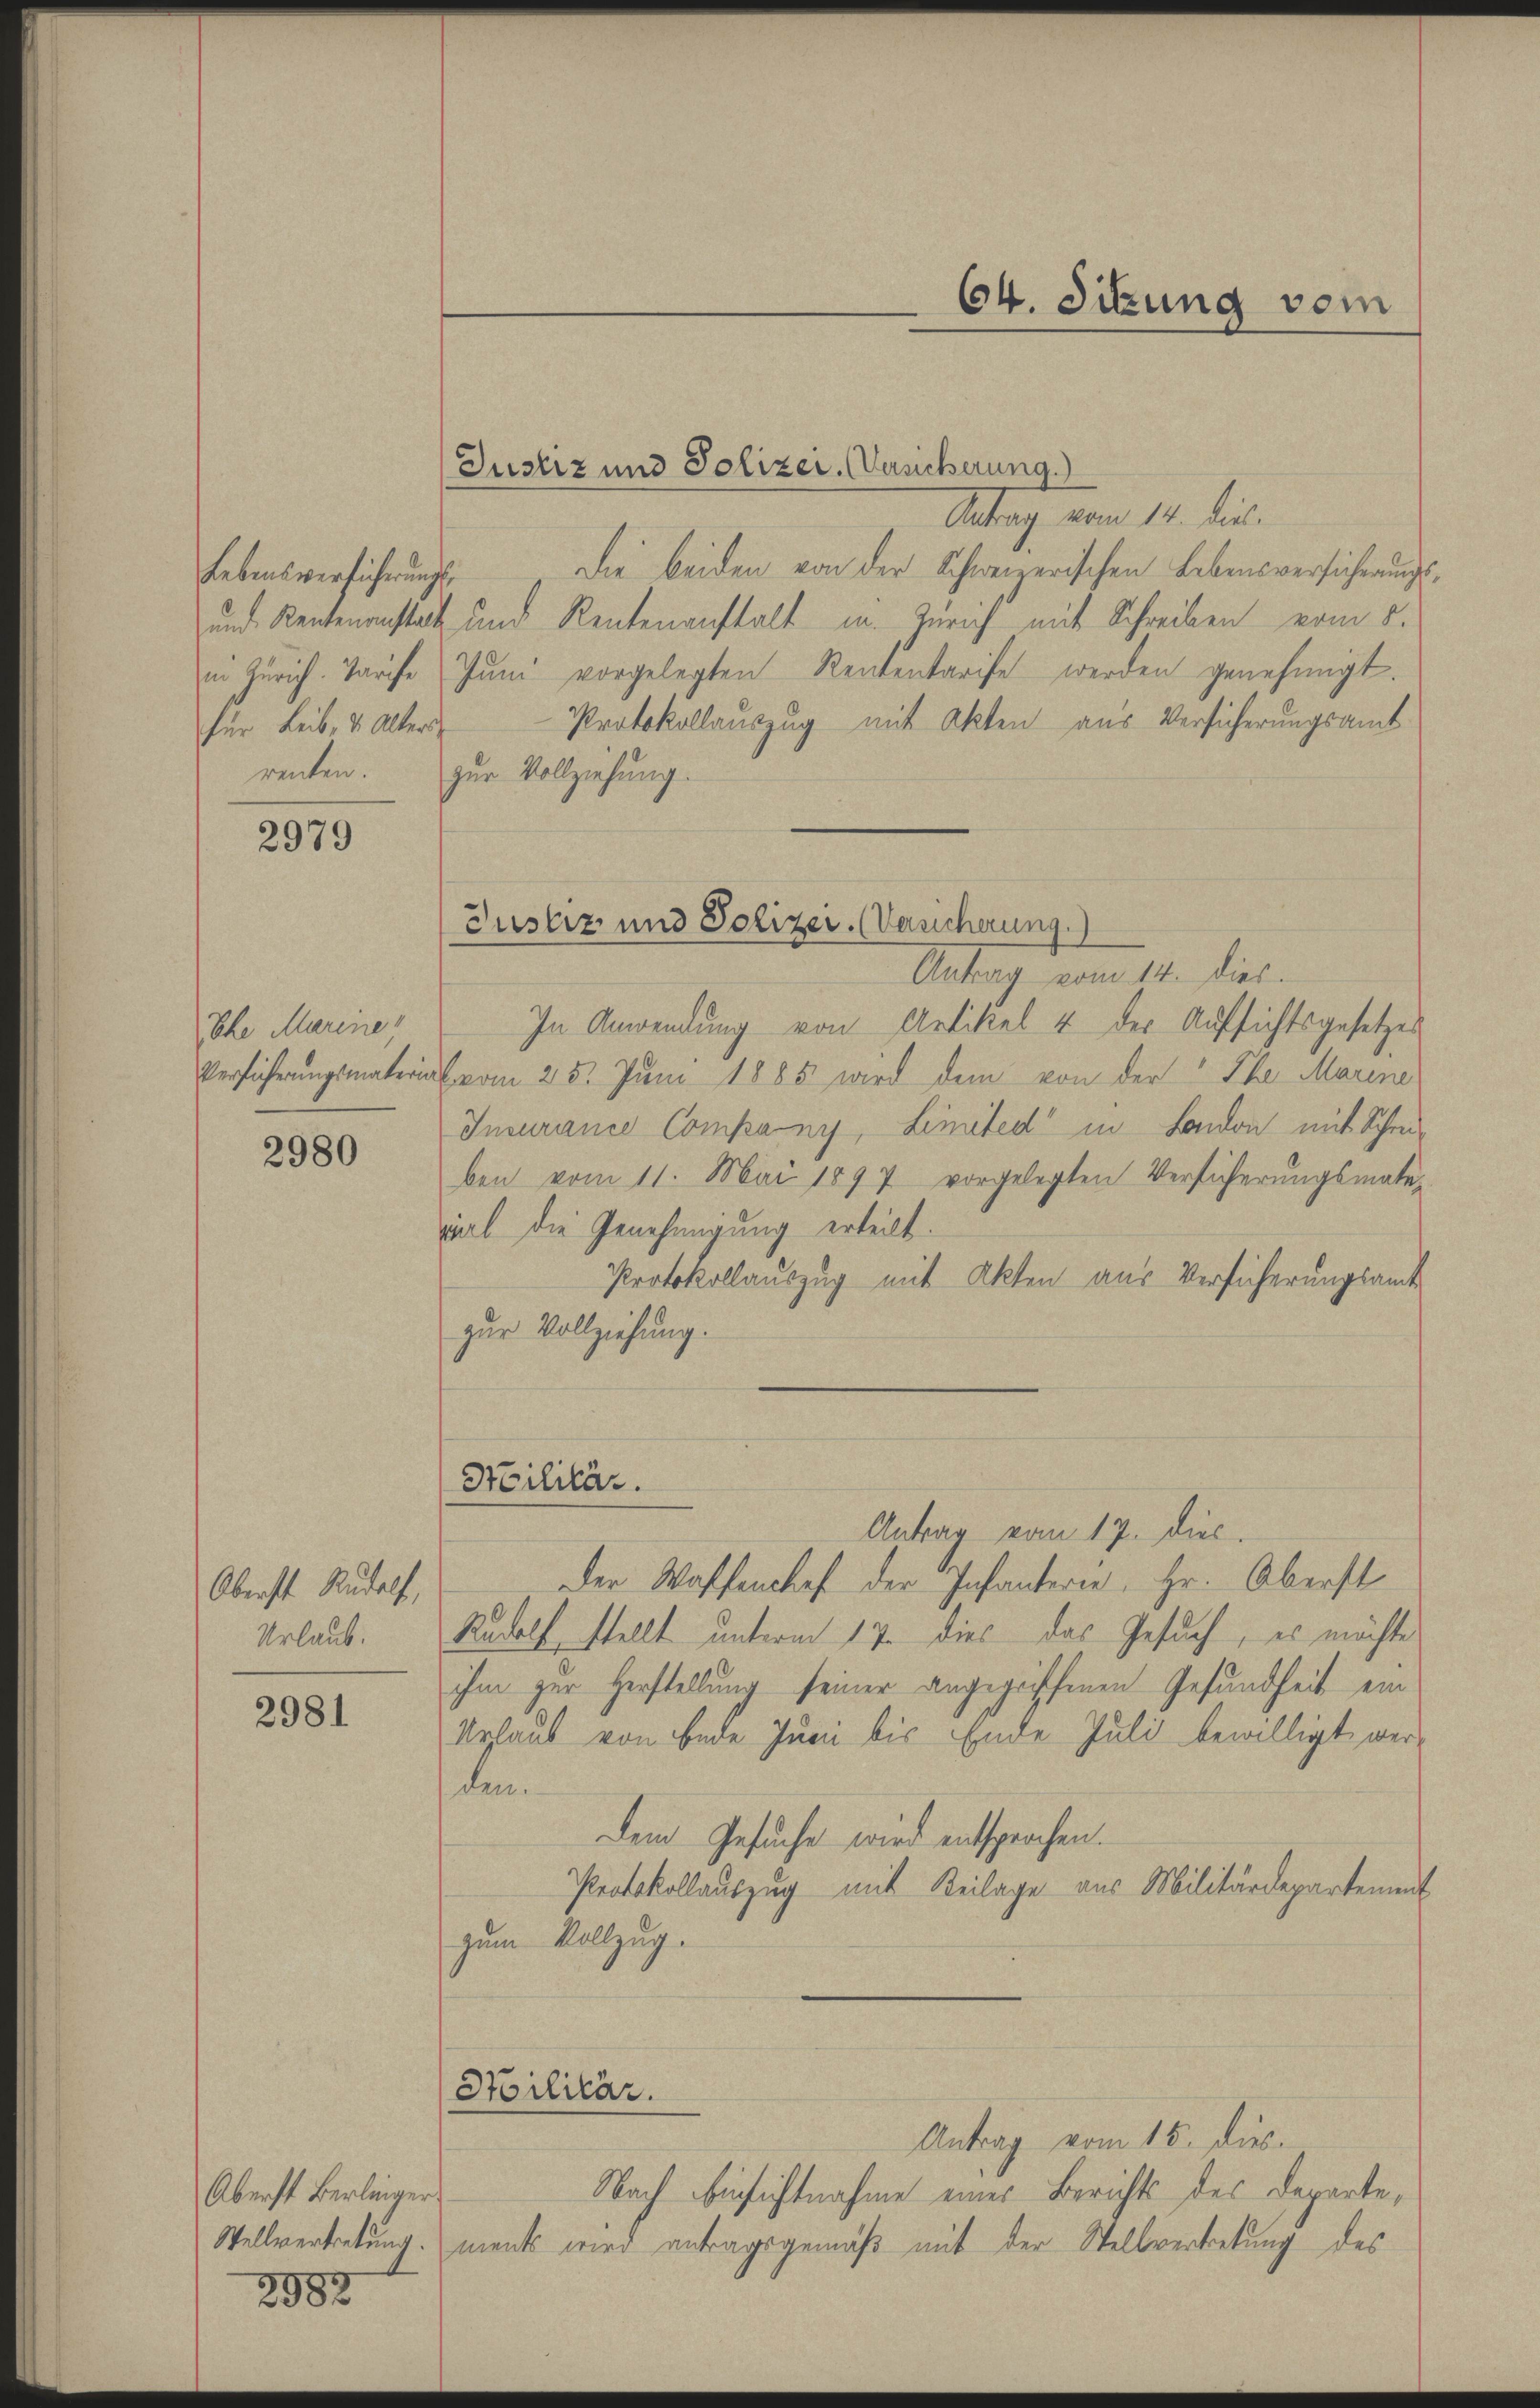
Lebensverführung
und Rentenansta
in Zürich. Tarife
für Leib, u. Alter
renten.

2979

Iche Marine
Versicherungsmateria

2980

Oberst Rudolf,
Urlaub.

2981

Oberst Berlinger
Wellvertretung.

2982

Justiz und Polizei (Versicherung.)
Antrag vom 14. dies
Die beiden von der Schweizerischen Lebensversicherungsp
 und Rentenanstalt in Zürich mit Schreiben vom 5.
Jŭni vorgelegten Rententarife werden genehmigt.
Protokollauszug mit Akten aus Versicherungsamt
zur Vollziehung.
Antrag vom 14. dies.
In Anwendung von Artikel & der Aufsichtsgesetzes
vom 25. Juni 1885 wird dem von der Pha Marine
Insurance Company, Limited“ in London mit Schrei-
ben vom 11. Mai 1897 vorgelegten Versicherŭngsmate-
viel die Genehmigung erteilt.
Protokollauszug mit Akten aus Versicherungsamt
zur Vollziehung.

Justiz und Polizei. (Versicherung.)

Stilitär.

Stilitär.

Antrag vom 15. dies
Nach Einsichtnahme eines Berichts des Departements wird antragsgemäß mit der Stellvertretung des

64. Sitzung vom

Antrag vom 17. diec.
Der Waffenchef der Infanterie, Hr. Oberst
Rudolf stellt unterm 17. dies das Gesuch, es möchte
ihm zur Herstellung seiner angegriffenen Gesundheit ein
Urlaub von Ende Juni bis Ende Juli bewilligt werdem
Dem Gesuche wird entsprochen.
Protokollauszug mit Beilage aus Militärdepartement
zum Vollzug.